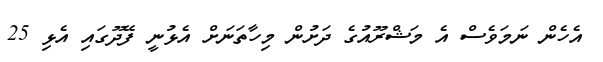
އެހެން ނަމަވެސް އެ މަޝްރޫއުގެ ދަށުން މިހާތަނަށް އެޅުނީ ފޭދޫގައި އެޅި 25